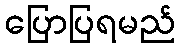
ပြောပြရမည်